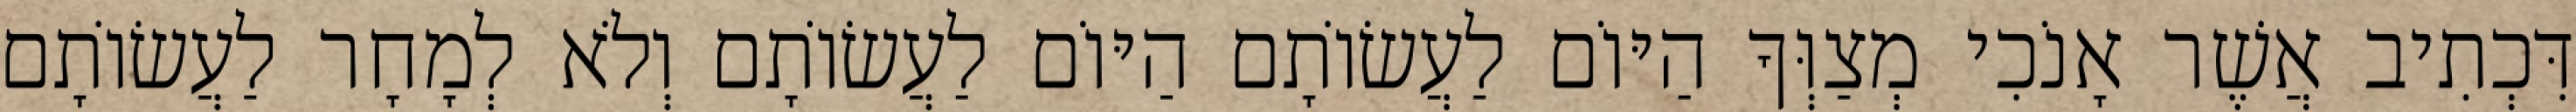
דִּכְתִיב אֲשֶׁר אָנֹכִי מְצַוְּךָ הַיּוֹם לַעֲשׂוֹתָם הַיּוֹם לַעֲשׂוֹתָם וְלֹא לְמָחָר לַעֲשׂוֹתָם